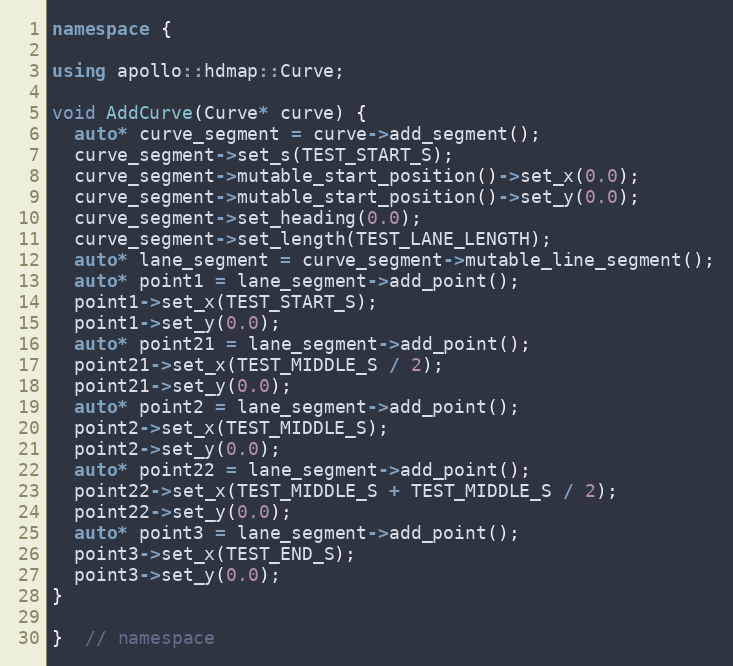
Language: C++
namespace {

using apollo::hdmap::Curve;

void AddCurve(Curve* curve) {
  auto* curve_segment = curve->add_segment();
  curve_segment->set_s(TEST_START_S);
  curve_segment->mutable_start_position()->set_x(0.0);
  curve_segment->mutable_start_position()->set_y(0.0);
  curve_segment->set_heading(0.0);
  curve_segment->set_length(TEST_LANE_LENGTH);
  auto* lane_segment = curve_segment->mutable_line_segment();
  auto* point1 = lane_segment->add_point();
  point1->set_x(TEST_START_S);
  point1->set_y(0.0);
  auto* point21 = lane_segment->add_point();
  point21->set_x(TEST_MIDDLE_S / 2);
  point21->set_y(0.0);
  auto* point2 = lane_segment->add_point();
  point2->set_x(TEST_MIDDLE_S);
  point2->set_y(0.0);
  auto* point22 = lane_segment->add_point();
  point22->set_x(TEST_MIDDLE_S + TEST_MIDDLE_S / 2);
  point22->set_y(0.0);
  auto* point3 = lane_segment->add_point();
  point3->set_x(TEST_END_S);
  point3->set_y(0.0);
}

}  // namespace